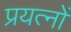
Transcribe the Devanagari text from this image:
प्रयत्‍नों